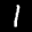
Label: 1